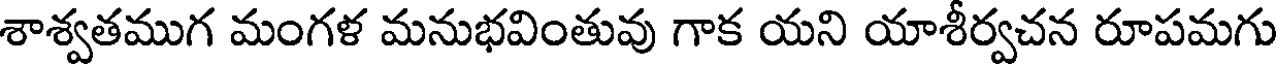
శాశ్వతముగ మంగళ మనుభవింతువు గాక యని యాశీర్వచన రూపమగు